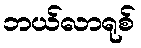
ဘယ်လာရုစ်